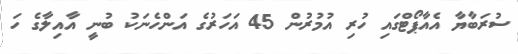
ސުރަބާޔާ އެއާޕޯޓްގައި ހުރި އުމުރުން 45 އަހަރުގެ އަންހެނަކު ބުނީ އާއިލާގެ ހަ